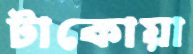
টাকোয়া